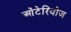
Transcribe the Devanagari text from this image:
ओंटेरियोज